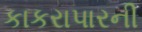
કાકરાપારની